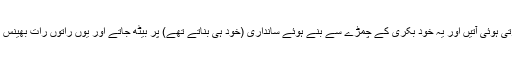
یہ لوگ دور کے شہروں اور بستیوں سے بھینسیں چرا کر دریا میں ڈالدیتے، بھینسیں تیرتی ہوئی آتیں اور یہ خود بکری کے چمڑے سے بنے ہوئے سانداری (خود ہی بناتے تھے) پر بیٹھ جاتے اور یوں راتوں رات بھینس گھر لے آتے اور شاذونادر ہی کوئی بھینس مالک یا حکومت کا کارندہ وہاں پر پہنچ پاتا۔